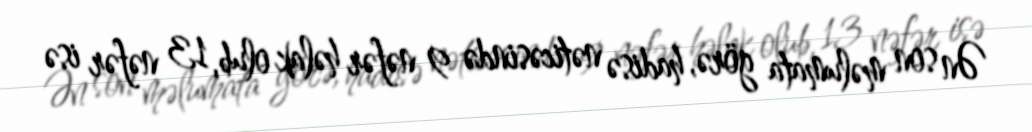
Ən son məlumata görə, hadisə nəticəsində 9 nəfər həlak olub, 13 nəfər isə